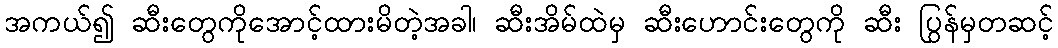
အကယ်၍ ဆီးတွေကိုအောင့်ထားမိတဲ့အခါ၊ ဆီးအိမ်ထဲမှ ဆီးဟောင်းတွေကို ဆီး ပြွန်မှတဆင့်